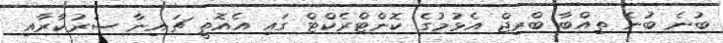
ބުނެ ބުނެ ތިއްބާ ބްރިޖް އެޅުމުގެ ކޮންޓްރެކްޓް ގައި އެއޮތީ ޗައިނާ ސަރުކާރާއި